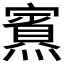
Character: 𪹿